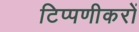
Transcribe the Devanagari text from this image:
टिप्पणीकरों